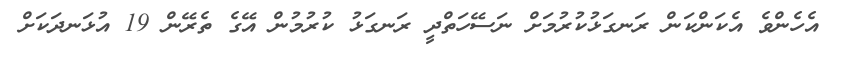
އެހެންވެ އެކަންކަން ރަނގަޅުކުރުމަށް ނަސޭހަތްދީ ރަނގަޅު ކުރުމުން އޭގެ ތެރޭން 19 އުޅަނދަކަށް